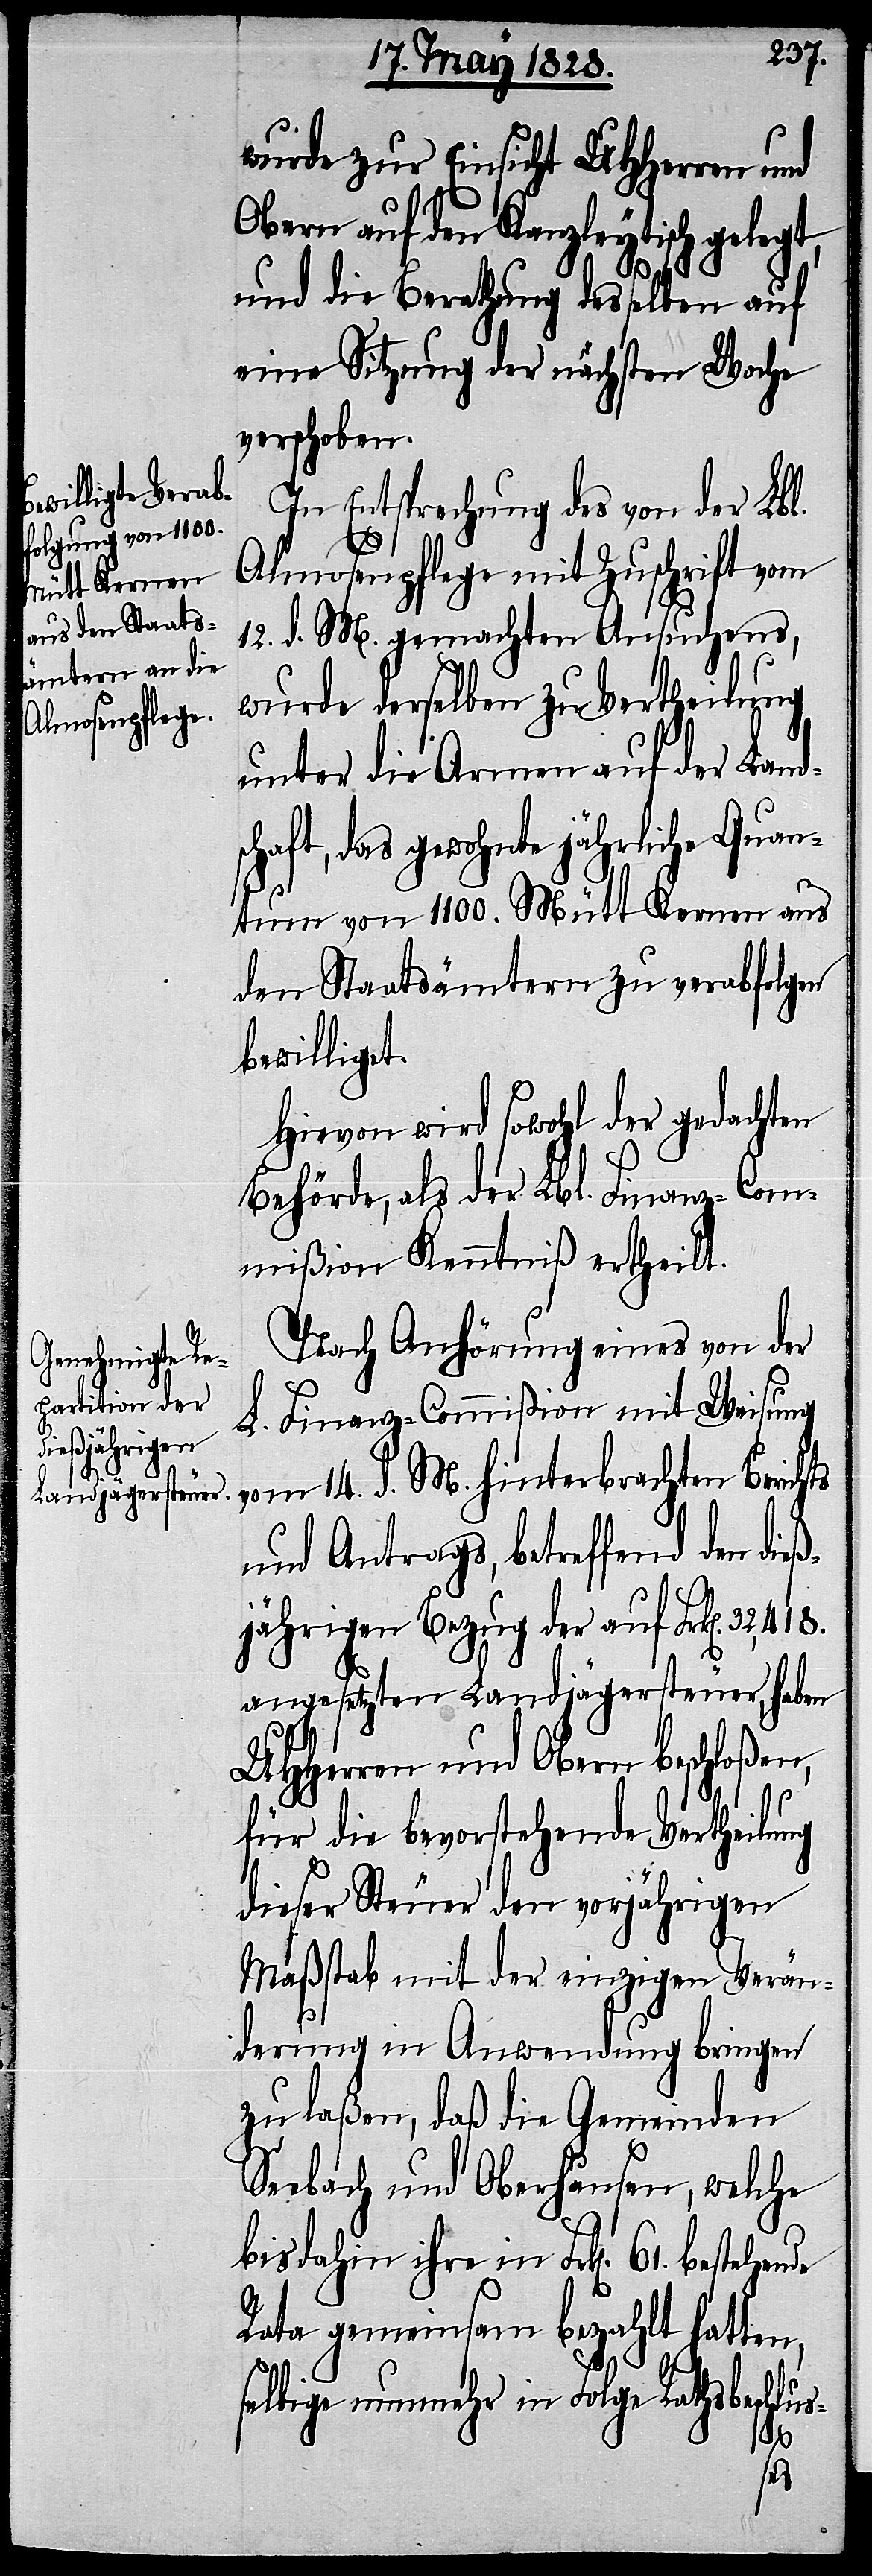
wurde zur Einsicht UHHerren und
den Kanzleytisch gelegt,
und die Berathung desselben auf
eine Sitzung der nächsten Woche
verschoben.
In Entsprechung des von der Lbl.
Almosenpflege mit Zuschrift vom
12. d. M. gemachten Ansuchens,
wurde derselben zu Vertheilung
unter die Armen auf der Lands¬
haft, das gewohnte jährliche Quan¬
tum von 1100. Mütt Kernen aus
den Staatsämtern zu verabfolgen
bewilliget.
Hiervon wird sowohl der gedachten
Behörde, als der Lbl. Finanz-Com¬
mißion Kenntniß ertheilt.
Nach Anhörung eines von der
L. Finanz-Commißion mit Weisung
vom 14. d. M. hinterbrachten Berichts
und Antrags, betreffend den die¬
ßjährigen Bezug der auf Frk[en].
angesetzten Landjägersteuer, haben
UHHerren und Obern beschloßen,
für die bevorstehende Vertheilung
dieser Steuer den vorjährigen
Maßstab mit der einzigen Verän¬
derung in Anwendung bringen
zu laßen, daß die Gemeinden
Seebach und Oberhausen, welche
bis dahin ihre in Frk[en].
Rata gemeinsam bezahlt hatten,
c¬
selbige nunmehr in Folge Rathsbeschlus-
61.